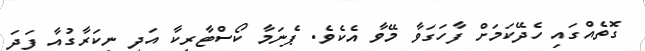
ގޮތެއްގައި ހެދޭކަމަށް ފާހަގަވާ މޭވާ އެކެވެ. ޕެނަމާ ކޯސްޓާރިކާ އަދި ނިކަރާގުއާ ފަދަ